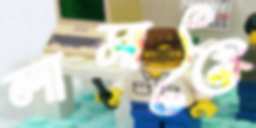
লামাতৈ